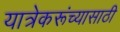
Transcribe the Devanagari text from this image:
यात्रेकरूंच्यासाठी